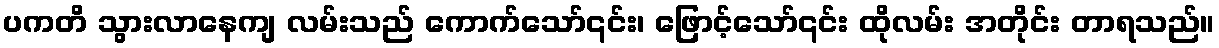
ပကတိ သွားလာနေကျ လမ်းသည် ကောက်သော်၎င်း၊ ဖြောင့်သော်၎င်း ထိုလမ်း အတိုင်း တာရသည်။